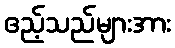
ဧည့်သည်များအား